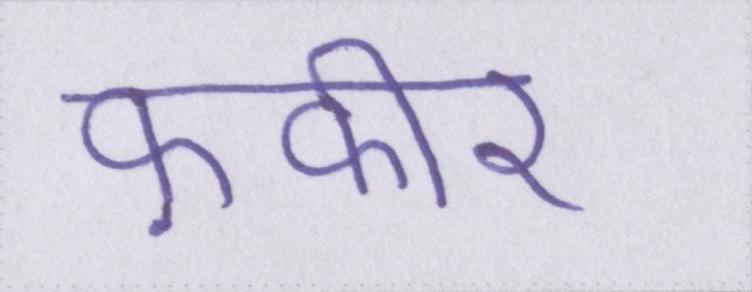
फ़कीर